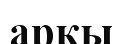
арқы